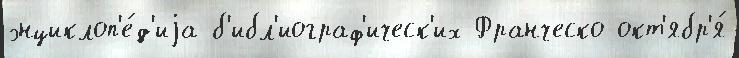
энциклоп'е́д'иjа б'ибл'иограф'ическ'их Франческо окт'ябр'я́